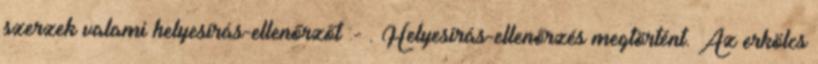
szerzek valami helyesírás-ellenőrzőt :- . Helyesírás-ellenőrzés megtörtént. Az erkölcs